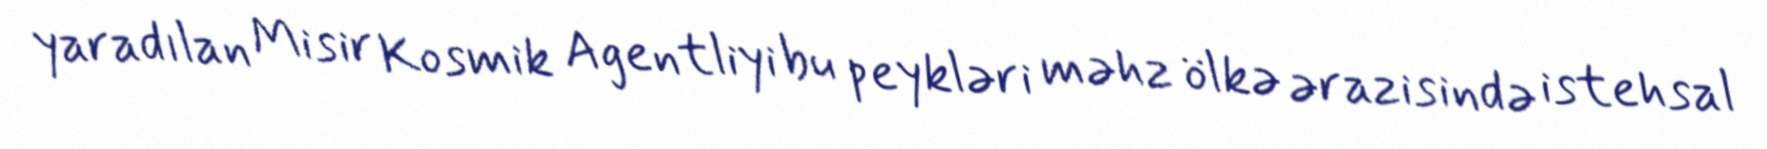
yaradılan Misir Kosmik Agentliyi bu peykləri məhz ölkə ərazisində istehsal